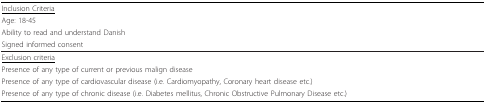
| <underline>Inclusion Criteria</underline> |
 | Age: 18-45 |
 | Ability to read and understand Danish |
 | Signed informed consent |
 | --- |
 | <underline>Exclusion criteria</underline> |
 | Presence of any type of current or previous malign disease |
 | Presence of any type of cardiovascular disease (i.e. Cardiomyopathy, Coronary heart disease etc.) |
 | Presence of any type of chronic disease (i.e. Diabetes mellitus, Chronic Obstructive Pulmonary Disease etc.) |